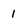
Character: 1